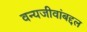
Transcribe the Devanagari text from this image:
वन्यजीवांबद्दल